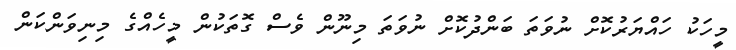
މީހަކު ހައްޔަރުކޮށް ނުވަތަ ބަންދުކޮށް ނުވަތަ މިނޫން ވެސް ގޮތަކުން މީހެއްގެ މިނިވަންކަން